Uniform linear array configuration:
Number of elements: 16
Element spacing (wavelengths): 1
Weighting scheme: exponential
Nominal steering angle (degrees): -45
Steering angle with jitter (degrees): -43.802
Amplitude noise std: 0.05
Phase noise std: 0.05

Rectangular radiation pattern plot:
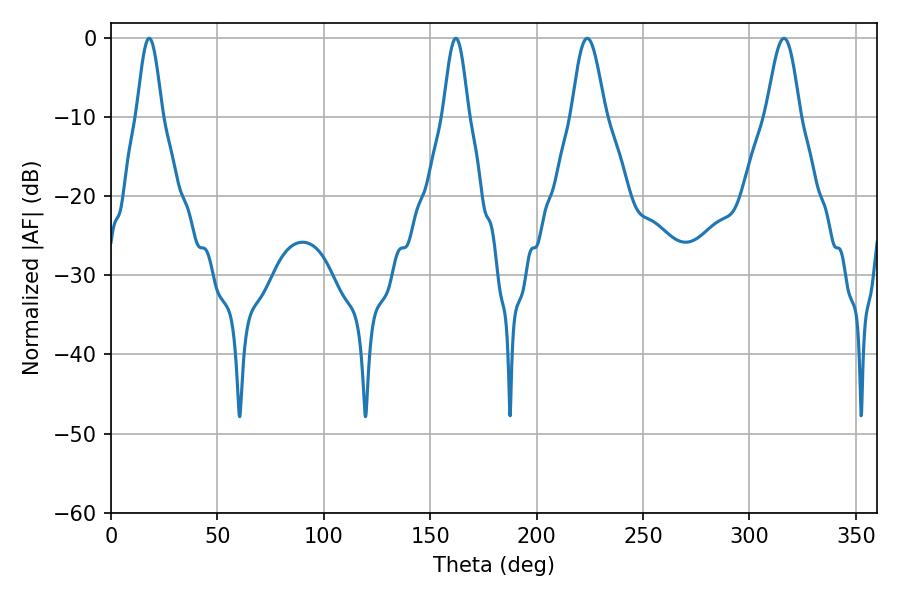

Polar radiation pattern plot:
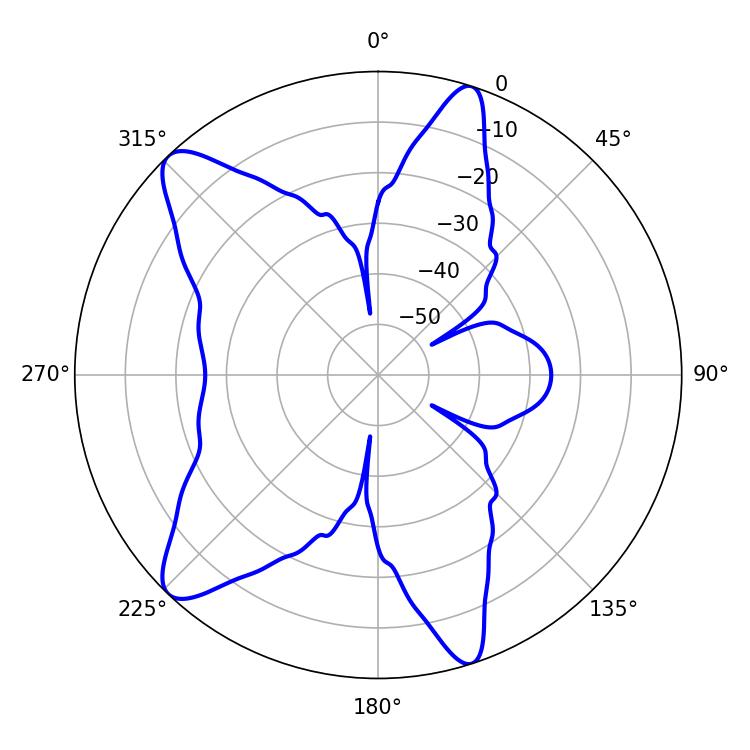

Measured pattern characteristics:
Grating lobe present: TRUE
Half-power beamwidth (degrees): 8.28
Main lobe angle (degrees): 223.74